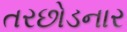
તરછોડનાર